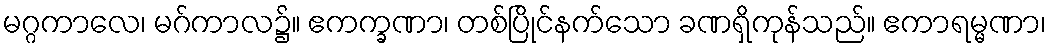
မဂ္ဂကာလေ၊ မဂ်ကာလ၌။ ဧကက္ခဏာ၊ တစ်ပြိုင်နက်သော ခဏရှိကုန်သည်။ ဧကာရမ္မဏာ၊